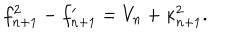
LaTeX: f _ { n + 1 } ^ { 2 } - f _ { n + 1 } ^ { \prime } = V _ { n } + \kappa _ { n + 1 } ^ { 2 } .